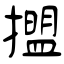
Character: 擝